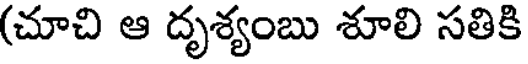
(చూచి ఆ దృశ్యంబు శూలి సతికి